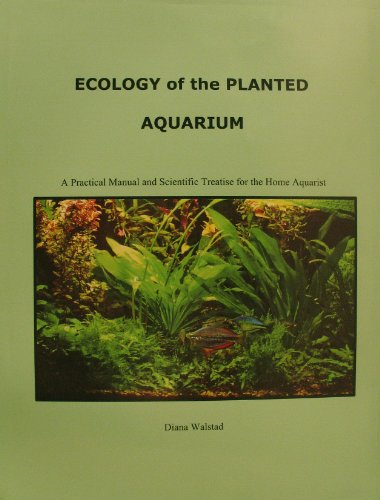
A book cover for Ecology of the Planted Aquarium; Diana Walstad; Crafts, Hobbies & Home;